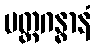
ပတ္တဂန္ဓာနံ